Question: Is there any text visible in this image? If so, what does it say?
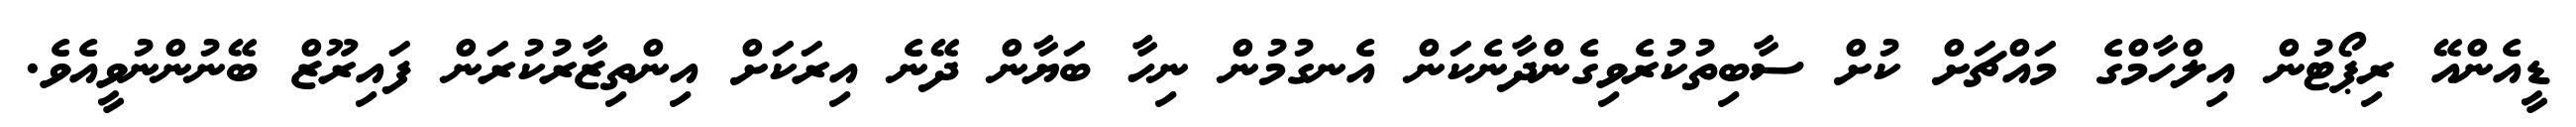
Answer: ޑީއެންއޭ ރިޕޯޓުން އިލްހާމްގެ މައްޗަށް ކުށް ސާބިތުކުރެވިގެންދާނެކަން އެނގުމުން ނިހާ ބަޔާން ދޭނެ އިރަކަށް އިންތިޒާރުކުރަން ފައިރޫޒް ބޭނުންނުވީއެވެ.